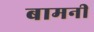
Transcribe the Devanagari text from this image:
बामनी